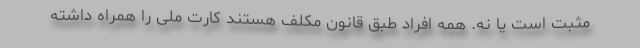
مثبت است یا نه. همه افراد طبق قانون مکلف هستند کارت ملی را همراه داشته